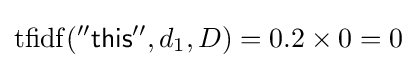
\mathrm {tfidf} ({\mathsf {''this''}},d_{1},D)=0.2\times 0=0